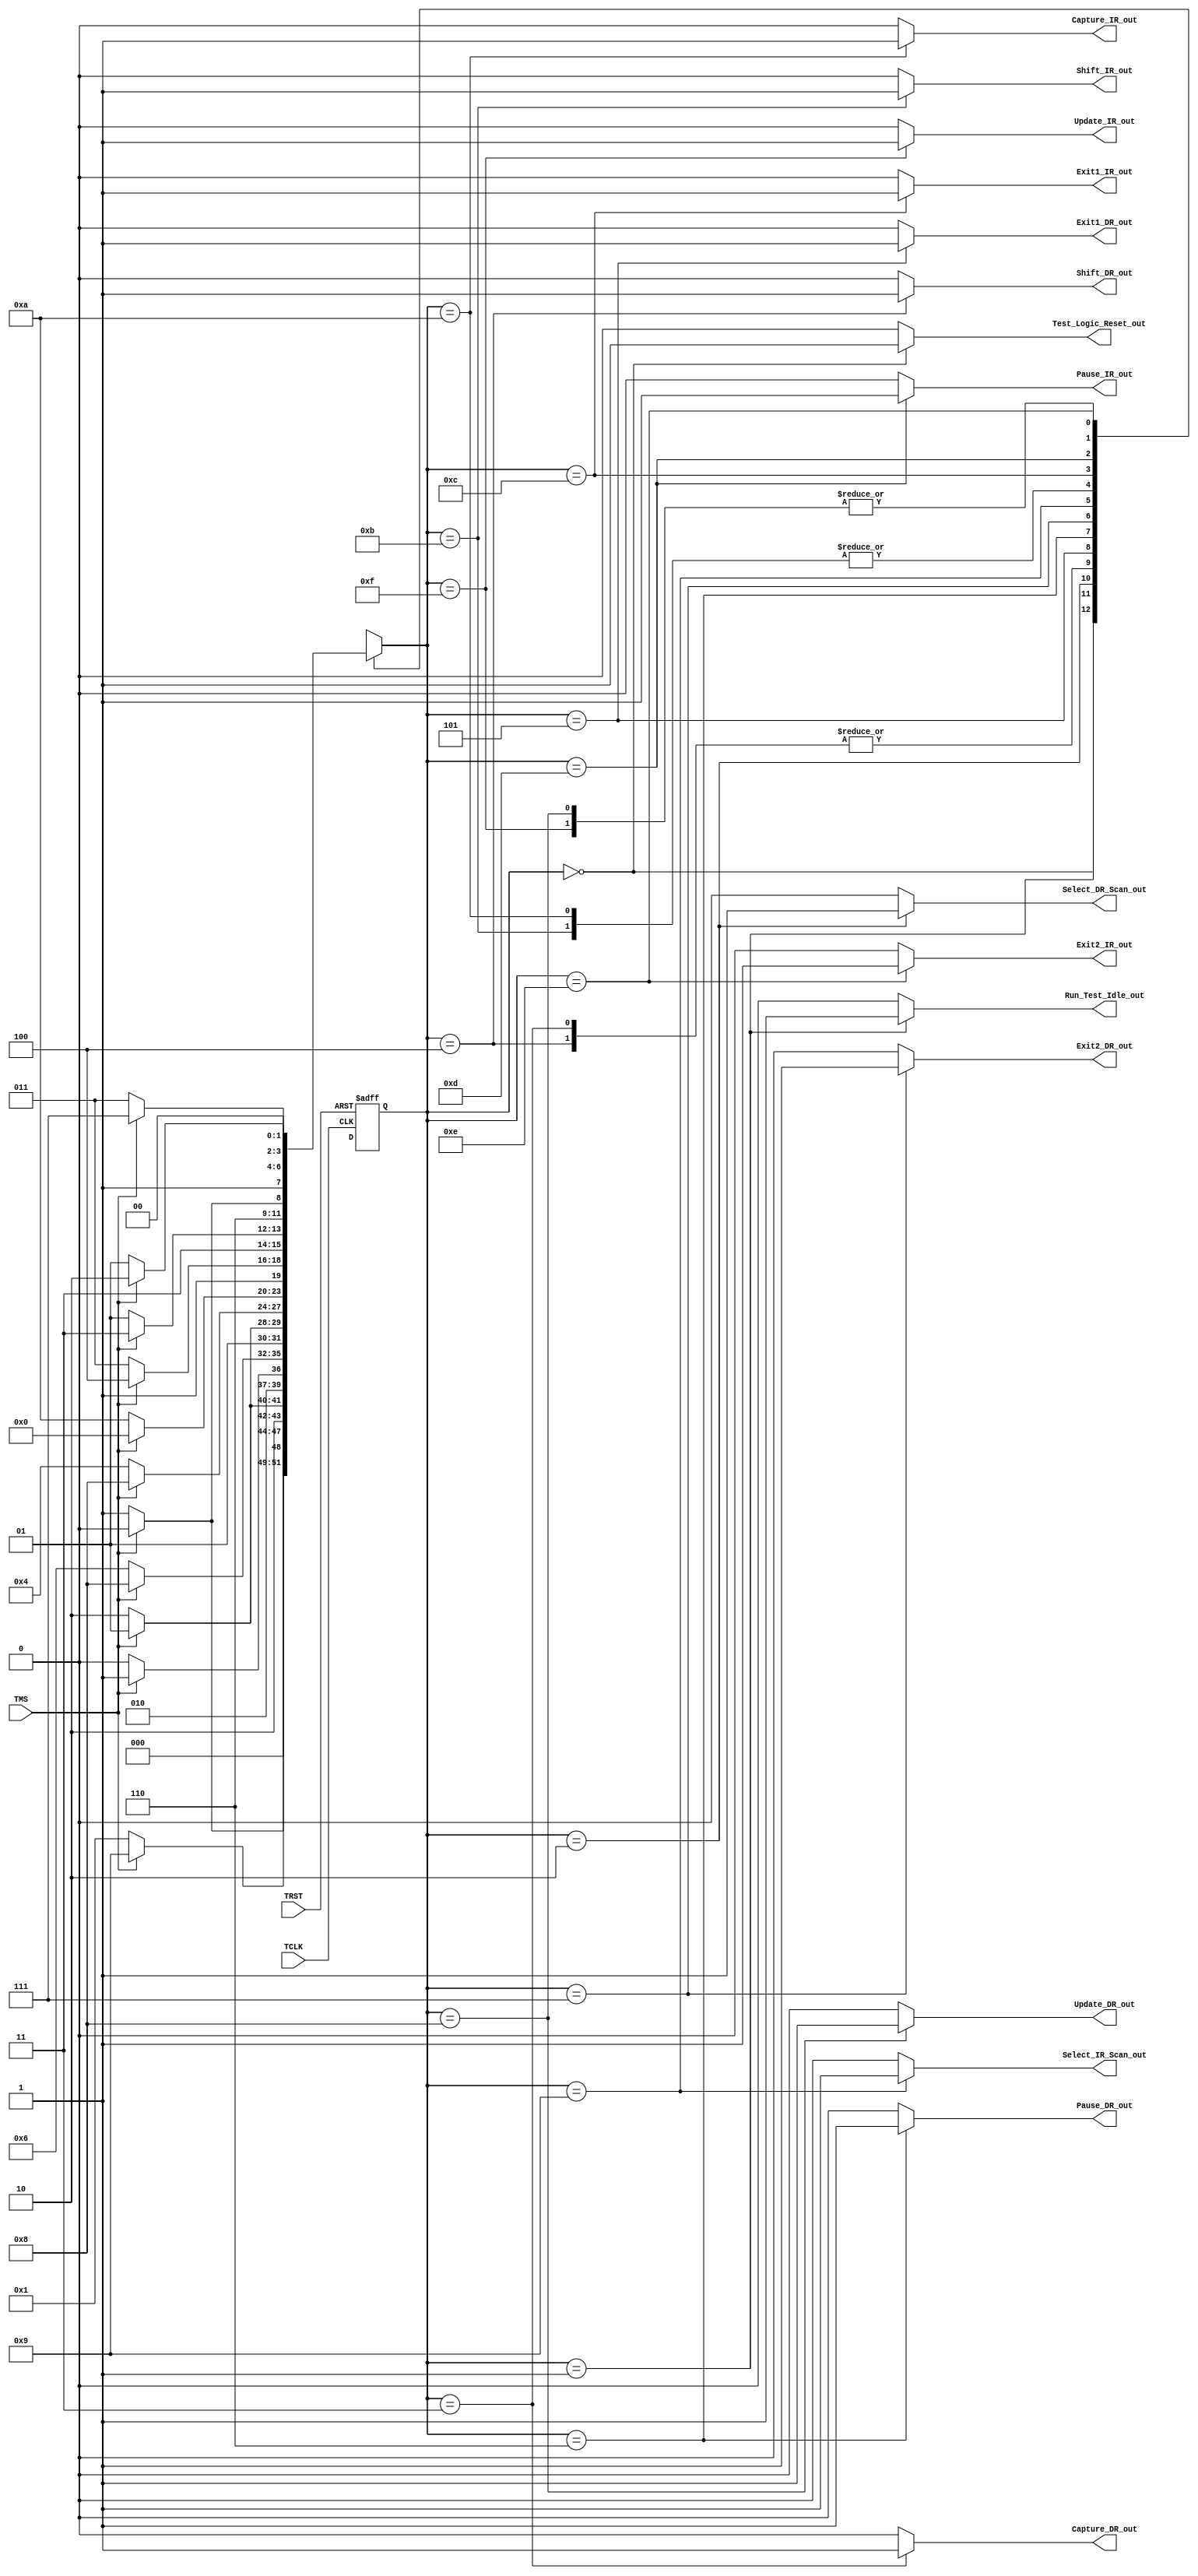

module TAP_FSM(input TRST,TCLK,TMS,
   output Run_Test_Idle_out,
	Test_Logic_Reset_out,
	Select_DR_Scan_out,
	Capture_DR_out,
	Shift_DR_out,
	Exit1_DR_out,
	Pause_DR_out,
	Exit2_DR_out,
	Update_DR_out,
	Select_IR_Scan_out,
	Capture_IR_out,
	Shift_IR_out,
	Exit1_IR_out,
	Pause_IR_out,
	Exit2_IR_out,
   Update_IR_out);
   reg[3:0]state,nxt_state;
localparam Test_Logic_Reset=4'd0;
localparam Run_Test_Idle=4'd1;
localparam Select_DR_Scan=4'd2;
localparam Capture_DR=4'd3;
localparam Shift_DR=4'd4;
localparam Exit1_DR=4'd5;
localparam Pause_DR=4'd6;
localparam Exit2_DR=4'd7;
localparam Update_DR=4'd8;
localparam Select_IR_Scan=4'd9;
localparam Capture_IR=4'd10;
localparam Shift_IR=4'd11;
localparam Exit1_IR=4'd12;
localparam Pause_IR=4'd13;
localparam Exit2_IR=4'd14;
localparam Update_IR=4'd15;

always @(posedge TCLK or negedge TRST)
begin
if(!TRST)
	state <= Test_Logic_Reset;
else
	state <= nxt_state;
end

always @(state,TMS)
begin
case(state)
	Test_Logic_Reset:begin
						if(TMS==1)
							state <= Test_Logic_Reset;
						else
							state <= Run_Test_Idle;
					end
                 
	Run_Test_Idle:begin
      if(TMS==1)
        state <= Select_IR_Scan;
					else
						state <= Run_Test_Idle;
    end
	Select_DR_Scan:begin
      if(TMS==1)
						state <=Select_IR_Scan;
					else
						state <= Capture_IR;
    end
	Capture_DR:begin
      if(TMS==1)
						state <= Exit1_DR;
					else
						state <= Shift_DR;
	end

	Shift_DR:begin
      if(TMS==1)
					state <= Exit1_DR;
				else
					state <= Shift_DR;
	end

	Exit1_DR:begin
      if(TMS==1)
					state <= Update_DR;
				else
				state <= Pause_DR;
	end

	Pause_DR:begin
      if(TMS==1)
			state <= Exit1_DR;
				else
			state <= Pause_DR;
	end

	Exit2_DR:begin
      if(TMS==1)
					state <= Update_DR;
				else
					state <= Shift_DR;
	end

	Update_DR:begin
      if(TMS==1)
					state <= Select_DR_Scan;
				else
					state <= Run_Test_Idle;
    end

	Select_IR_Scan:begin
      if(TMS==1)
					state <= Test_Logic_Reset;
				else
					state <= Capture_IR;
	end

	Capture_IR:begin
      if(TMS==1)
					state <= Exit1_IR;
				else
					state <= Shift_IR;
	end

	Shift_IR:begin
      if(TMS==1)
					state <= Exit1_IR;
				else
					state <= Shift_IR;
	end

	Exit1_IR:begin
      if(TMS==1)
					state <= Update_IR;
				else
					state <= Pause_IR;
	end

	Pause_IR:begin
      if(TMS==1)
					state <= Exit1_IR;
				else
					state <= Pause_IR;
	end

	Exit2_IR:begin
      if(TMS==1)
					state <= Update_IR;
	else
					state <= Shift_IR;
	end

	Update_IR:begin
      if(TMS==1)
					state <= Select_DR_Scan;
				else
					state <= Run_Test_Idle;
				end
       default:nxt_state<=Test_Logic_Reset;
      endcase
 
    end

  assign Test_Logic_Reset_out=(state==Test_Logic_Reset)?1'b1:1'b0;
  assign Run_Test_Idle_out=(state==Run_Test_Idle)?1'b1:1'b0;
  assign Select_DR_Scan_out=(state==Select_DR_Scan)?1'b1:1'b0;
  assign Capture_DR_out=(state==Capture_DR)?1'b1:1'b0;
  assign Shift_DR_out=(state==Shift_DR)?1'b1:1'b0;
  assign Exit1_DR_out=(state==Exit1_DR)?1'b1:1'b0;
  assign Pause_DR_out=(state==Pause_DR)?1'b1:1'b0;
  assign Exit2_DR_out=(state==Exit2_DR)?1'b1:1'b0;
  assign Update_DR_out=(state==Update_DR)?1'b1:1'b0;
  assign Select_IR_Scan_out=(state==Select_IR_Scan)?1'b1:1'b0;
  assign Capture_IR_out=(state==Capture_IR)?1'b1:1'b0;
  assign Shift_IR_out=(state==Shift_IR)?1'b1:1'b0;
  assign Exit1_IR_out=(state==Exit1_IR)?1'b1:1'b0;
  assign Pause_IR_out=(state==Pause_IR)?1'b1:1'b0;
  assign Exit2_IR_out=(state==Exit2_IR)?1'b1:1'b0;
  assign Update_IR_out=(state==Update_IR)?1'b1:1'b0;

endmodule